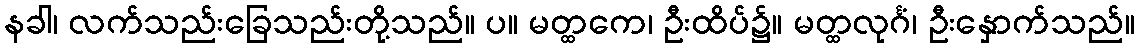
နခါ၊ လက်သည်းခြေသည်းတို့သည်။ ပ။ မတ္ထကေ၊ ဦးထိပ်၌။ မတ္ထလုင်္ဂံ၊ ဦးနှောက်သည်။